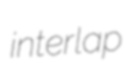
interlap